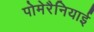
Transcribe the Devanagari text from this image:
पोमेरैनियाई